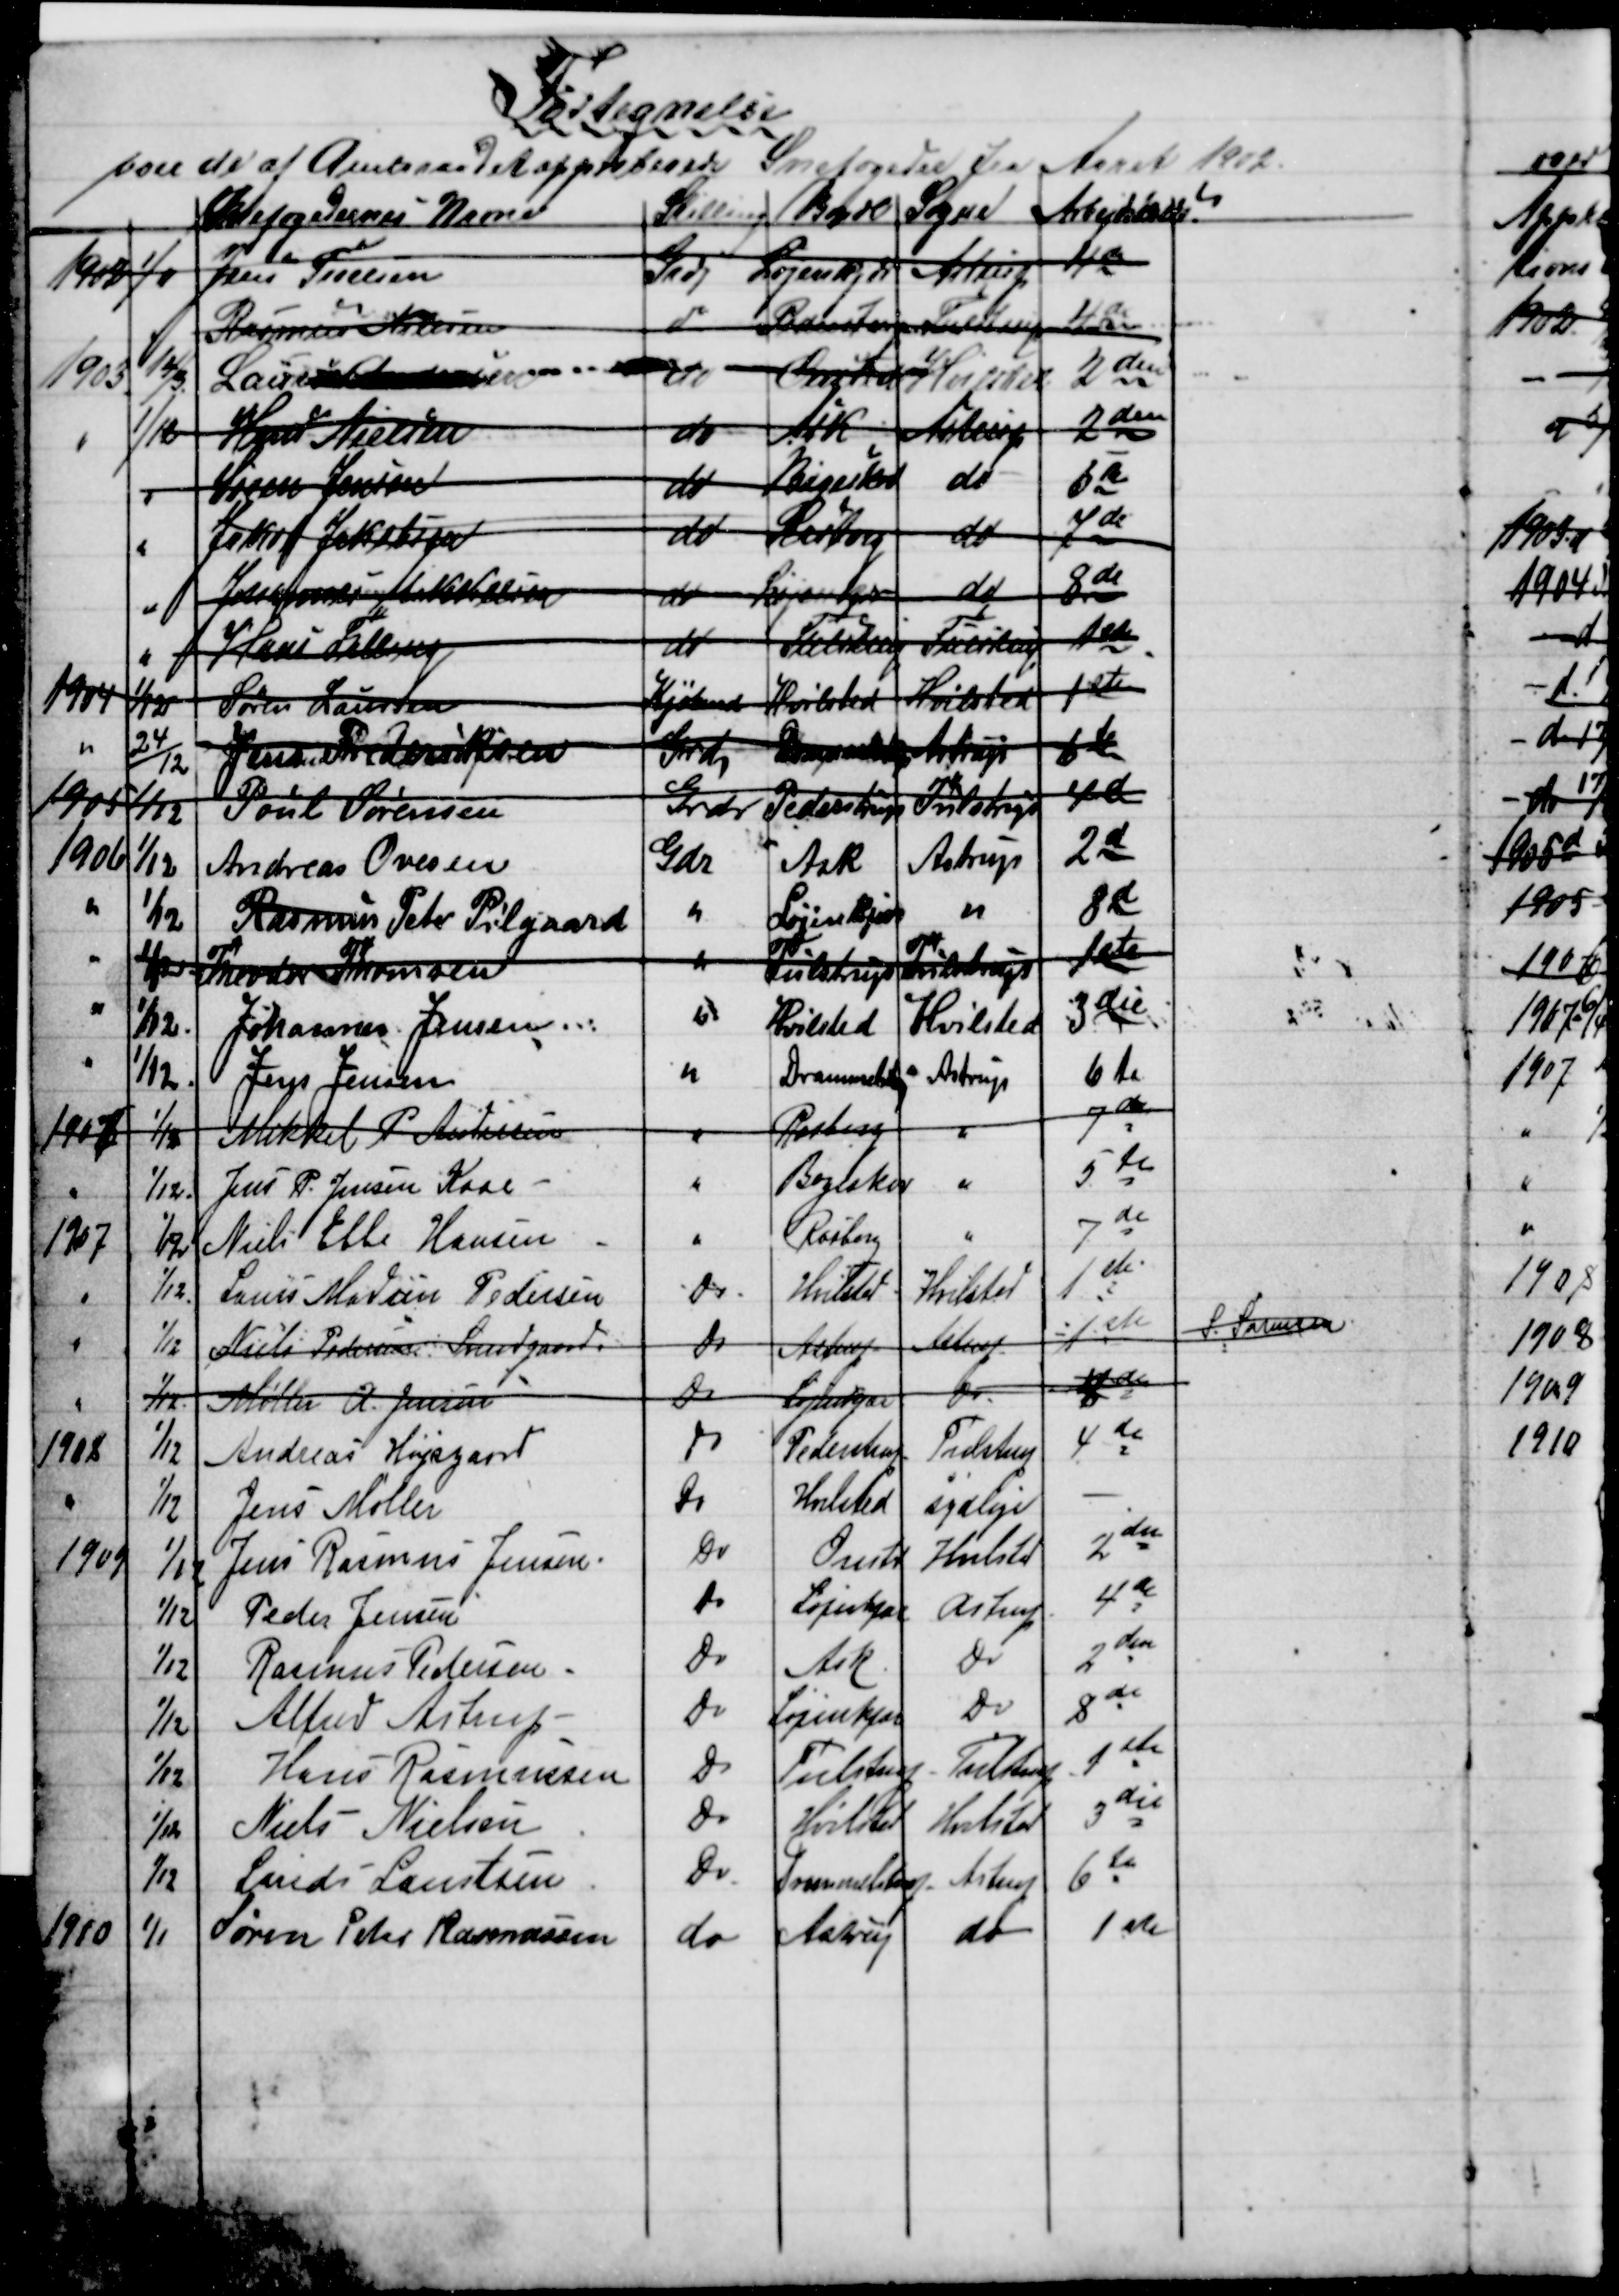
Transskription:
Fortegnelse
paa de af Amtsraadet approberede Snefogeder for Aaret 1902
Snefogedernes Navne
Stilling
Bopæl  Sogne
Arbejdskreds
1902  1/11
Jens Troelsen
Grdj
Løjenkjær   Astrup
4de
Rasmus Nielsen
do Pederstrup  Tulstrup
4de
1903 14/3
Laurits Andersen
do
Onsted  Hvilsted
2den
1/12
Hans Nielsen
do
Ask  Astrup
2den
Søren Jensen
do
Bøgeskov
do
6te
Jakob Jakobsen
do
Rasborg
do
7de
Johannes Mikkelsen
do
Løjenkjær  do
8de
Hans Falling
do
Tulstrup
Tulstrup
1ste
1904 1/12
Søren Laursen
Kjøbmd
Hvilsted  Hvilsted
1ste
24/12
Jens Frederiksen
Grdr
Drammelstrup  Astrup
6te
1905 1/12
Poul Sørensen
Grdr
Pederstrup
Tulstrup
4de
1906 1/12
Andreas Ovesen
Gdr
Ask
Astrup
2d
1/12
Rasmus Peter Pilgaard
Løjenkjær
8d
1/12
Theodor Thomsen
Tulstrup
Tulstrup
1ste
1/12
Johannes Jensen
Hvilsted
Hvilsted
3die
1/12
Jens Jensen
Drammelstrup
Astrup
6te
1907 1/12
Mikkel P. Andersen
Rasborg
7de
1/12.
Jens P. Jensen Kaae
Bøgeskov
5te
1907
1/12
Niels Ebbe Hansen
Rasborg
7de
1/12.
Laurs Madsen Pedersen
do
Hvilsted
Hvilsted
1ste
1/12
Niels Pedersen Svendgaard
do
Astrup
Astrup
1ste
S. Sørensen
1/12
Møller A. Jensen
Do
Løjenkjær
Do
4de
1908
1/12
Andreas Højsgaard
do
Pederstrup
Tulstrup
4de
1/12
Jens Møller
Do
Hvilsted
sydlige
1909
1/12
Jens Rasmus Jensen
Do
Onstd
Hvilstd
2den
1/12
Peder Jensen
do
Løjenkjær
Astrup
4de
1/12
Rasmus Pedersen.
do
Ask
do
2den
1/12
Alfred Astrup
do
Løjenkjær
do
8de
1/12
Hans Rasmussen
do
Tulstrup
Tulstrup
1ste
1/12
Niels Nielsen
do
Hvilsted
Hvilsted
3die
1/12
Larids Laustsen
Do
Drammelstrup
Astrup
6te
1910
1/1
Søren Peter Rasmussen
do
Astrup
do
1ste